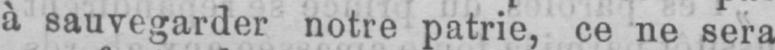
à sauvegarder notre patrie, ce ne sera